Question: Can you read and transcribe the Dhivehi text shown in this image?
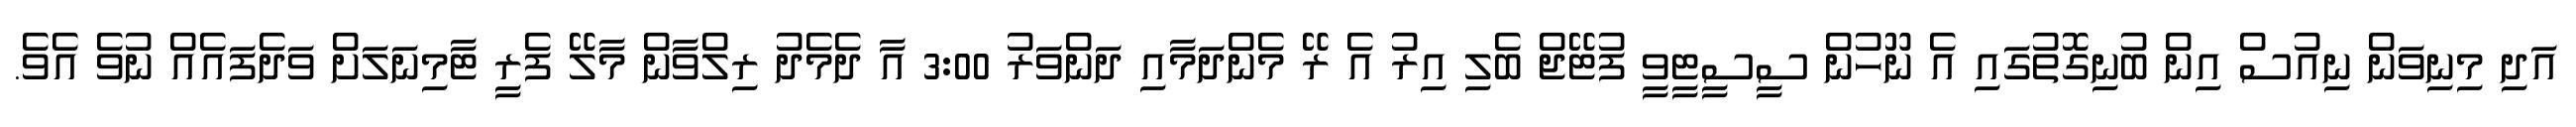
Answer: އަދި މިނިވަން ނިއުސް އިން ބުނިގޮތުގައި އެ ނޫހުން ސީސީޓީވީ ފުޓޭޖް ބެލި އިރު އެ ރޭ މެންދަމާއި ދަންވަރު 3:00 އާ ދެމެދު ރިލްވާން މާލޭ ފެރީ ޓާމިނަލަށް ވަދެފައެއް ނުވެ އެވެ.